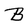
Character: B